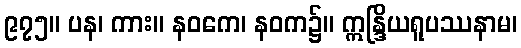
၉၇၅။ ပန၊ ကား။ နဝကေ၊ နဝက၌။ ဣန္ဒြိယရူပဿနာမ၊